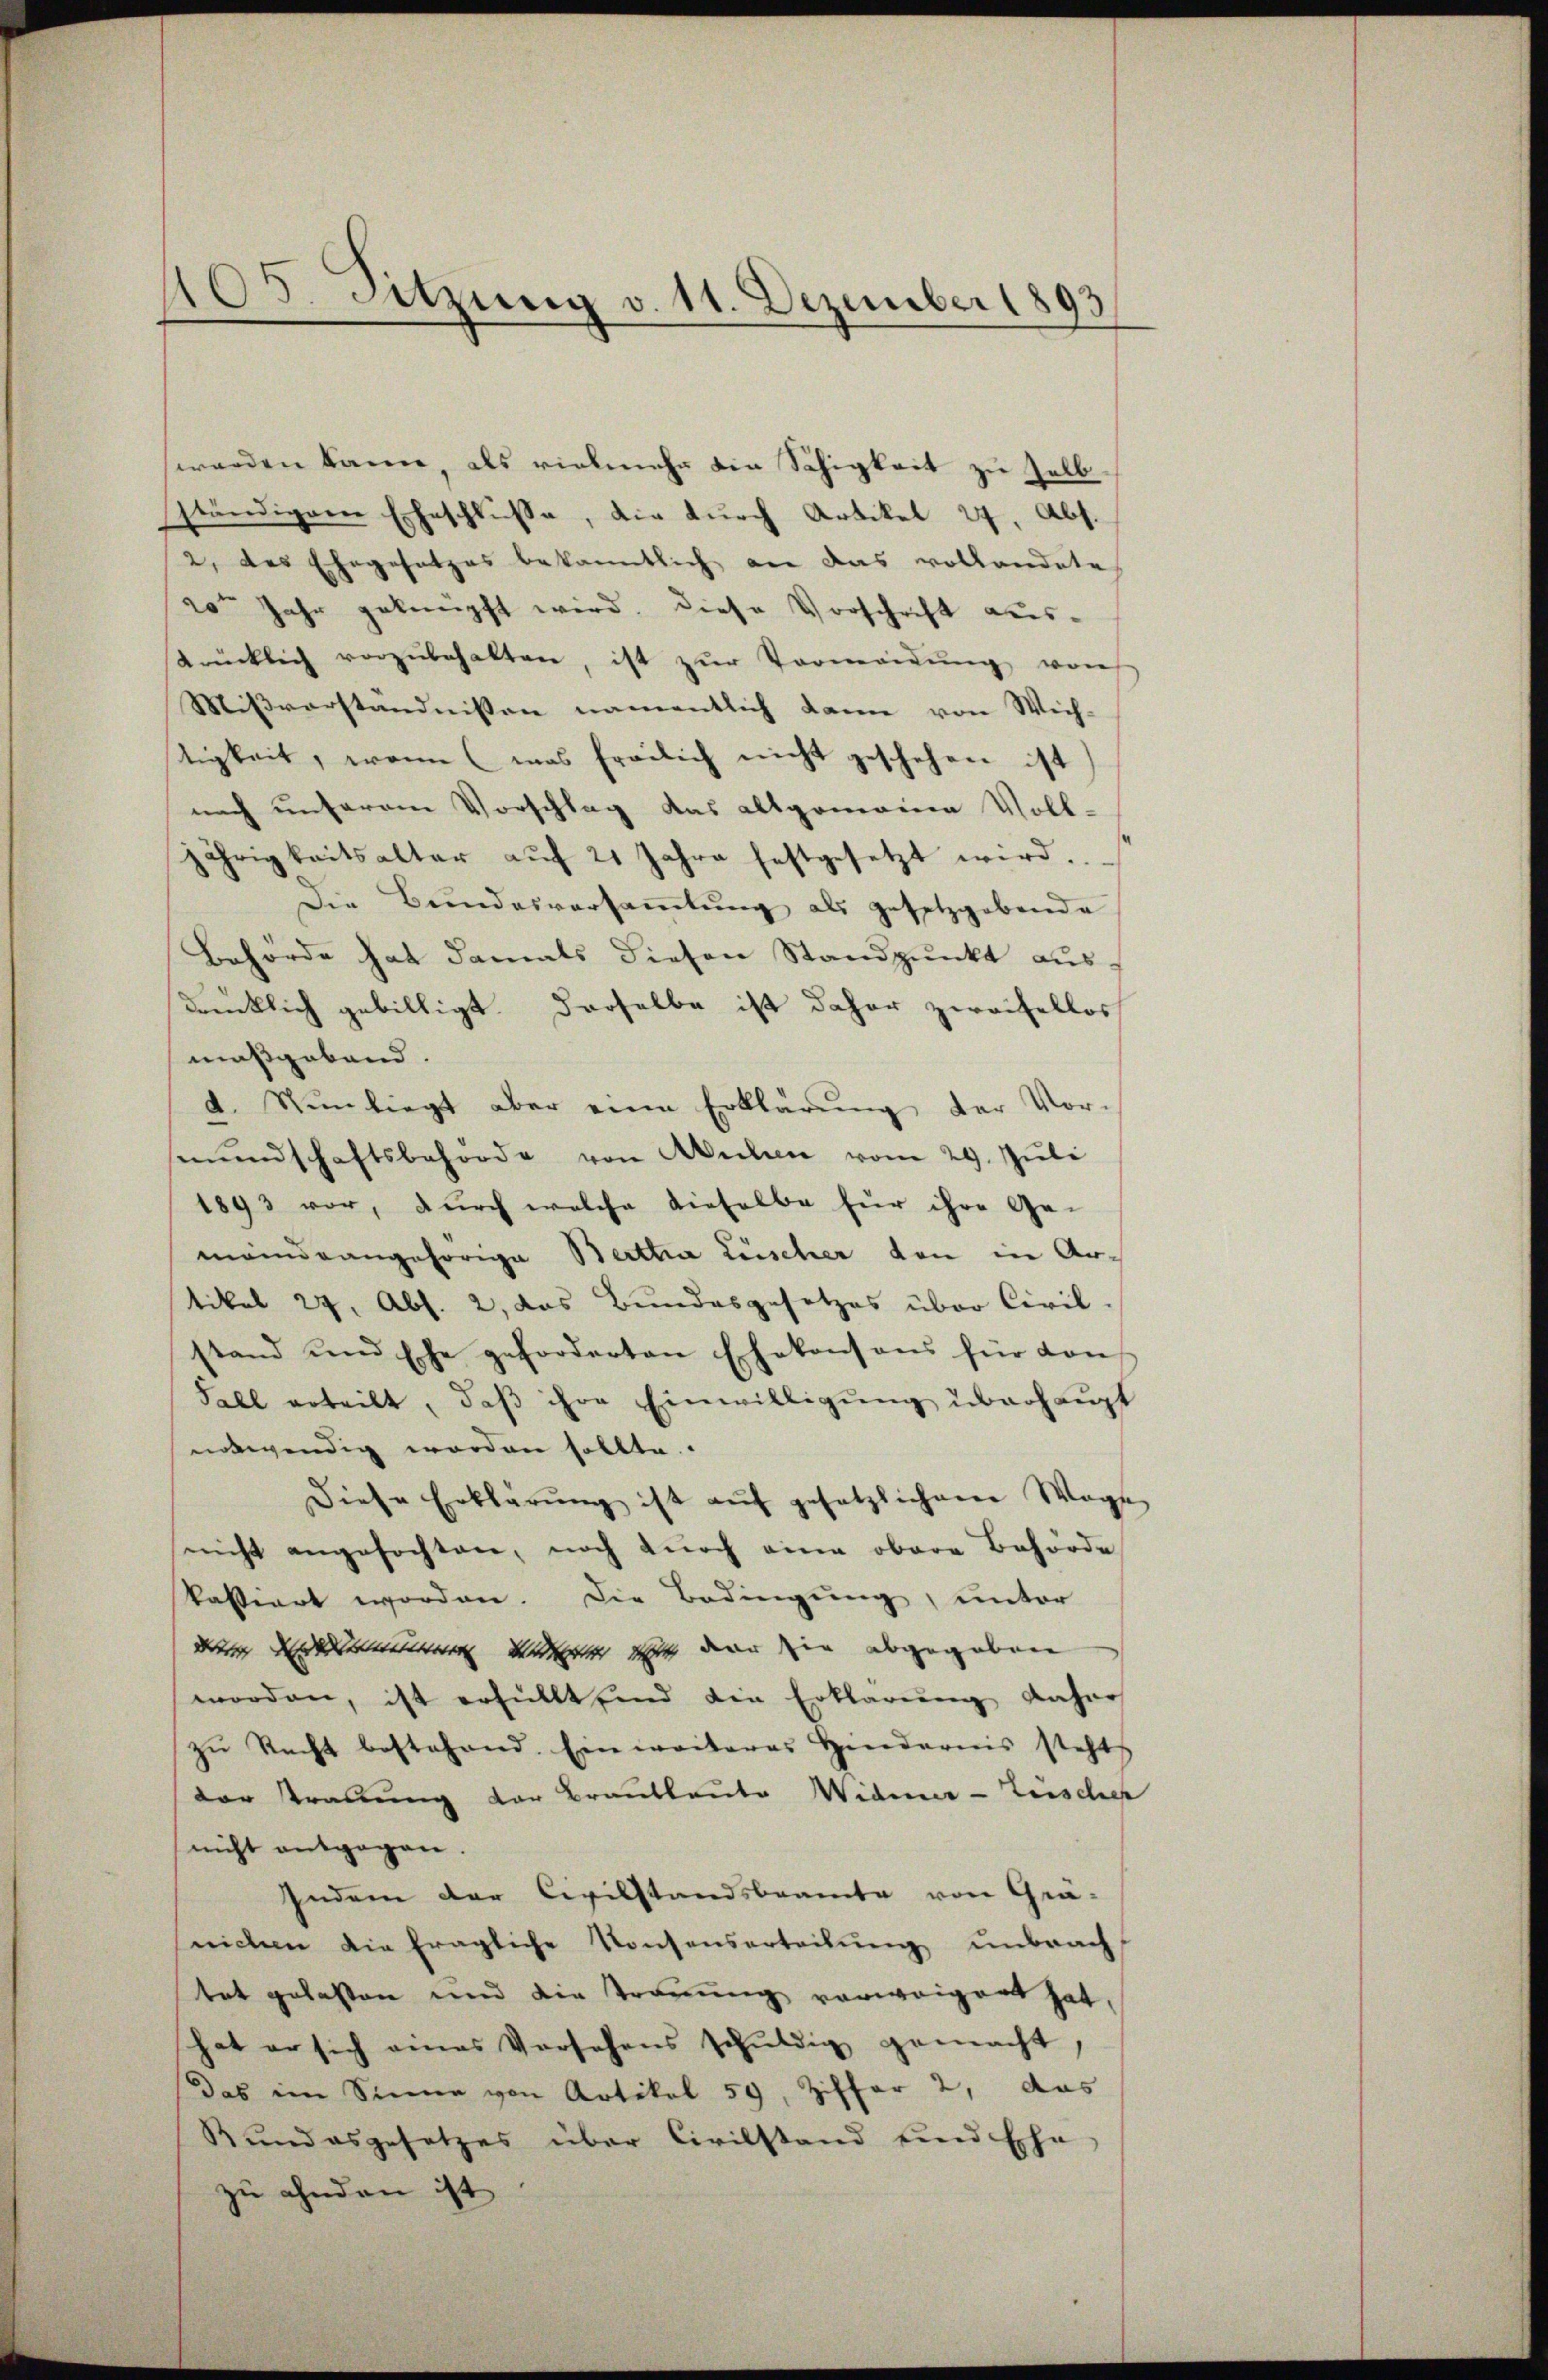
405. Sitzung v. 11. Dezember 1893

werden kann, als vielmehr die Schigkeit zu selb.
ständiger Eheschlüsse, die durch Artikel 27, Abs.
2, das Ehegesetzes bekanntlich an das vollandete
20ten Jahr geknüpft wird. Diese Vorschrift aus-
drücklich vorzŭbehalten, ist zŭr Vermeidŭng von
Mißverständnissen namentlich dann von Wich-
stigkeit, wenn (was freilich nicht geschehen ist
nach unserem Vorschlag das allgemeine Voll-
jährigkeitsalter aŭf 21 Jahre festgesetzt wird.
Die Bundesversaṁlŭng als gesetzgebende
Behörde hat damals diesen Standpunkt ausdrücklich gebilligt. Derselbe ist daher zweifellos
maßgebend.
d. Nun liegt aber eine Erklärŭng der Vor-
mŭndschaftsbehörde von Aichen vom 29. Jŭli
1893 vor, durch welche dieselbe für ihre Ge-
meindrangehörige Berttia Lüscher von in Artikel 24, Abs. 2, das Bundesgesetzes über Civil-
stand und Ehe geforderten Ehekonsons für von
Fall erteilt, daβ ihre Einwilligŭng überhaupt
notwendig worden sollte.
Diese Erklärung ist auf gesetzlichem Wage
nicht angefochten, noch dŭrch eine obere Behörde
kassiert worden. Die Bedingung, unter
Retrach der derarbeiterer Werte Mit denn die abgegeben |
worden, ist erfüllt sind die Erklärung daher
zŭ Recht bestehend. Ein weiteres Hindernis steht
dar trauung vor Brautleute Widmer-Zeischer
nicht entgegen.
Indern der Civilstandsbeamte von Grä-
nichen die fragliche Konsenserteilung unbracht
tet gelasten und die Trauung vorweigert hat,
hat er sich eines Versehens schŭldig gemacht,
Das im Sinne von Artikel 59, Ziffer 2, das
Bundesgesetzes über Civilstand und Ehe
zu ahnden ist